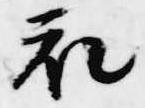
衣